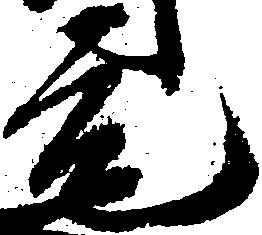
元